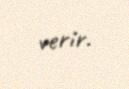
verir.